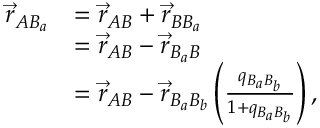
\begin{array} { r l } { \vec { r } _ { A B _ { a } } } & { = \vec { r } _ { A B } + \vec { r } _ { B B _ { a } } } \\ & { = \vec { r } _ { A B } - \vec { r } _ { B _ { a } B } } \\ & { = \vec { r } _ { A B } - \vec { r } _ { B _ { a } B _ { b } } \left( \frac { q _ { B _ { a } B _ { b } } } { 1 + q _ { B _ { a } B _ { b } } } \right) , } \end{array}